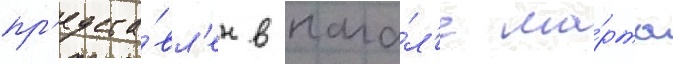
пр'едста́вл'ен в нача́л'е ма́рта